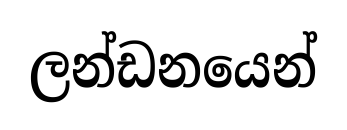
ලන්ඩනයෙන්